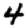
Digit: 4